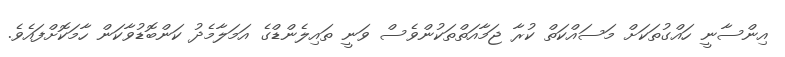
އިންސާނީ ހައްގުތަކަށް މަސައްކަތް ކުރާ ޖަމާއަތްތަކުންވެސް ވަނީ ތައިލެންޑްގެ އަމަލާމެދު ކަންބޮޑުވާކަން ހާމަކޮށްފައެވެ.